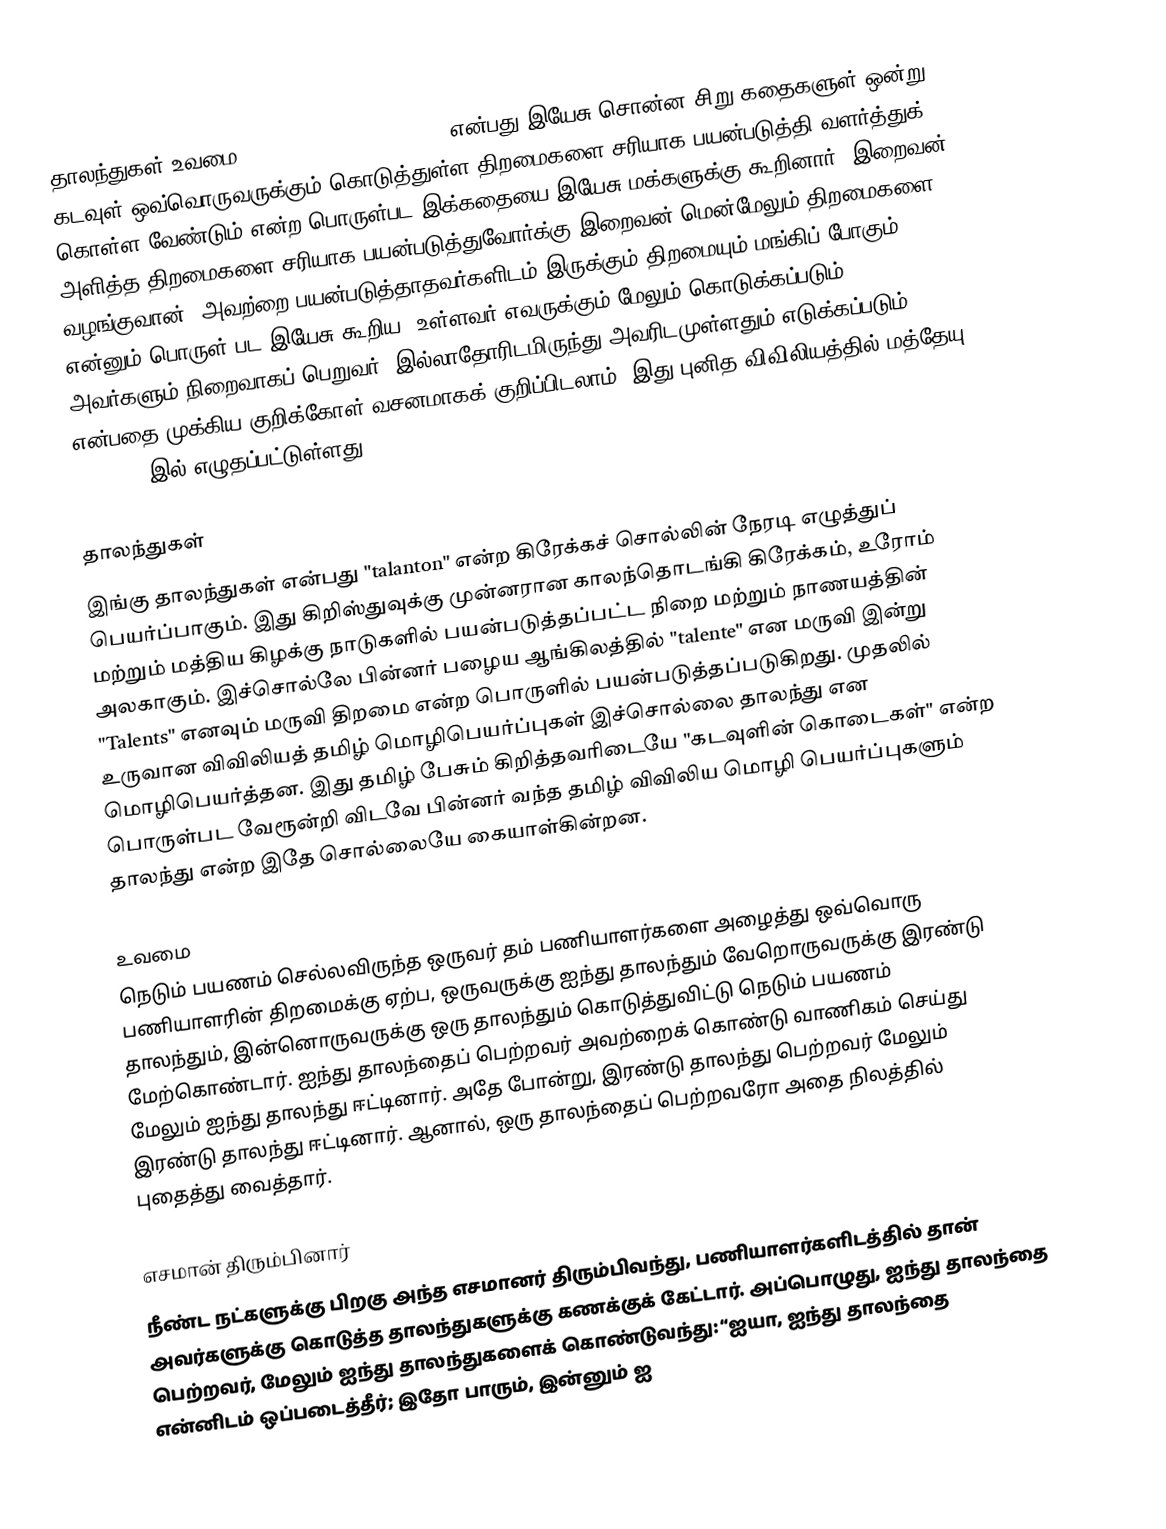
தாலந்துகள் உவமை (Parable of the Talents) என்பது இயேசு சொன்ன சிறு கதைகளுள் ஒன்று. கடவுள் ஒவ்வொருவருக்கும் கொடுத்துள்ள திறமைகளை சரியாக பயன்படுத்தி வளர்த்துக் கொள்ள வேண்டும் என்ற பொருள்பட இக்கதையை இயேசு மக்களுக்கு கூறினார். இறைவன் அளித்த திறமைகளை சரியாக பயன்படுத்துவோர்க்கு இறைவன் மென்மேலும் திறமைகளை வழங்குவான். அவற்றை பயன்படுத்தாதவர்களிடம் இருக்கும் திறமையும் மங்கிப் போகும் என்னும் பொருள் பட இயேசு கூறிய "உள்ளவர் எவருக்கும் மேலும் கொடுக்கப்படும். அவர்களும் நிறைவாகப் பெறுவர். இல்லாதோரிடமிருந்து அவரிடமுள்ளதும் எடுக்கப்படும்" என்பதை முக்கிய குறிக்கோள் வசனமாகக் குறிப்பிடலாம். இது புனித விவிலியத்தில் மத்தேயு 25:14-30 இல் எழுதப்பட்டுள்ளது.

தாலந்துகள்
இங்கு தாலந்துகள் என்பது "talanton" என்ற கிரேக்கச் சொல்லின் நேரடி எழுத்துப் பெயர்ப்பாகும். இது கிறிஸ்துவுக்கு முன்னரான காலந்தொடங்கி கிரேக்கம், உரோம் மற்றும் மத்திய கிழக்கு நாடுகளில் பயன்படுத்தப்பட்ட நிறை மற்றும் நாணயத்தின் அலகாகும். இச்சொல்லே பின்னர் பழைய ஆங்கிலத்தில் "talente" என மருவி இன்று "Talents" எனவும் மருவி திறமை என்ற பொருளில் பயன்படுத்தப்படுகிறது. முதலில் உருவான விவிலியத் தமிழ் மொழிபெயர்ப்புகள் இச்சொல்லை தாலந்து என மொழிபெயர்த்தன. இது தமிழ் பேசும் கிறித்தவரிடையே "கடவுளின் கொடைகள்" என்ற பொருள்பட வேரூன்றி விடவே பின்னர் வந்த  தமிழ் விவிலிய மொழி பெயர்ப்புகளும் தாலந்து என்ற இதே சொல்லையே கையாள்கின்றன.

உவமை
நெடும் பயணம் செல்லவிருந்த ஒருவர் தம் பணியாளர்களை அழைத்து ஒவ்வொரு பணியாளரின் திறமைக்கு ஏற்ப, ஒருவருக்கு ஐந்து தாலந்தும் வேறொருவருக்கு இரண்டு தாலந்தும், இன்னொருவருக்கு ஒரு தாலந்தும் கொடுத்துவிட்டு நெடும் பயணம் மேற்கொண்டார். ஐந்து தாலந்தைப் பெற்றவர்  அவற்றைக் கொண்டு வாணிகம் செய்து மேலும் ஐந்து தாலந்து ஈட்டினார். அதே போன்று, இரண்டு தாலந்து பெற்றவர் மேலும் இரண்டு தாலந்து ஈட்டினார். ஆனால், ஒரு தாலந்தைப் பெற்றவரோ அதை நிலத்தில் புதைத்து வைத்தார்.

எசமான் திரும்பினார்
நீண்ட நட்களுக்கு பிறகு அந்த எசமானர் திரும்பிவந்து, பணியாளர்களிடத்தில் தான் அவர்களுக்கு கொடுத்த தாலந்துகளுக்கு கணக்குக் கேட்டார். அப்பொழுது, ஐந்து தாலந்தை பெற்றவர், மேலும் ஐந்து தாலந்துகளைக் கொண்டுவந்து: “ஐயா, ஐந்து தாலந்தை என்னிடம் ஒப்படைத்தீர்; இதோ பாரும், இன்னும் ஐ